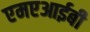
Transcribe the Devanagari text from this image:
एमएआईबी